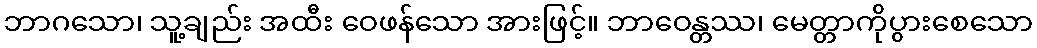
ဘာဂသော၊ သူ့ချည်း အထီး ဝေဖန်သော အားဖြင့်။ ဘာဝေန္တဿ၊ မေတ္တာကိုပွားစေသော